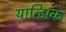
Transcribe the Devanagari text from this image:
यात्झिक